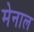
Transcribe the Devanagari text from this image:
मेनाल